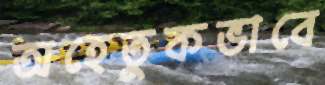
অহেতুকভাবে